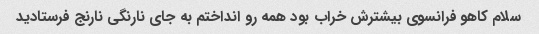
سلام کاهو فرانسوی بیشترش خراب بود همه رو انداختم به جای نارنگی نارنج فرستادید